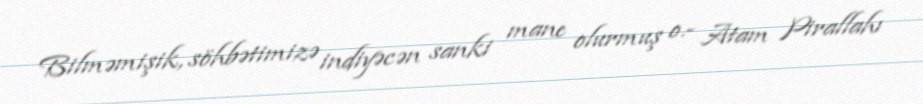
Bilməmişik, söhbətimizə indiyəcən sanki mane olurmuş o.- Atam Pirallahı